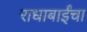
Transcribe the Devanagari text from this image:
राधाबाईंचा